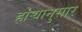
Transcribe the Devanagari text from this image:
होर्‍यानुसार